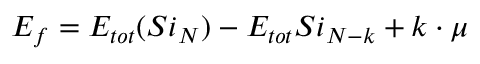
E _ { f } = E _ { t o t } ( S i _ { N } ) - E _ { t o t } S i _ { N - k } + k \cdot \mu